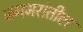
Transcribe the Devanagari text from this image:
जगभरांतील